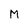
Character: M